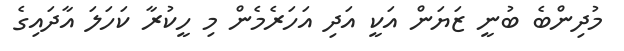
މުދިންބެ ބުނީ ޒަޔަން އަކީ އަދި އަހަރެމެން މި ހީކުރާ ކަހަލަ އާދައިގެ